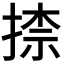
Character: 𭡠